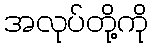
အလုပ်တို့ကို